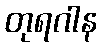
တုရဂါန